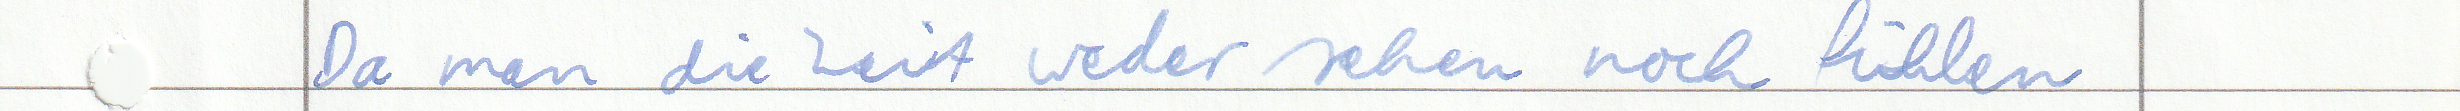
Da man die Zeit weder sehen noch fühlen